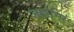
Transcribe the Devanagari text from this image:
जहांगिर